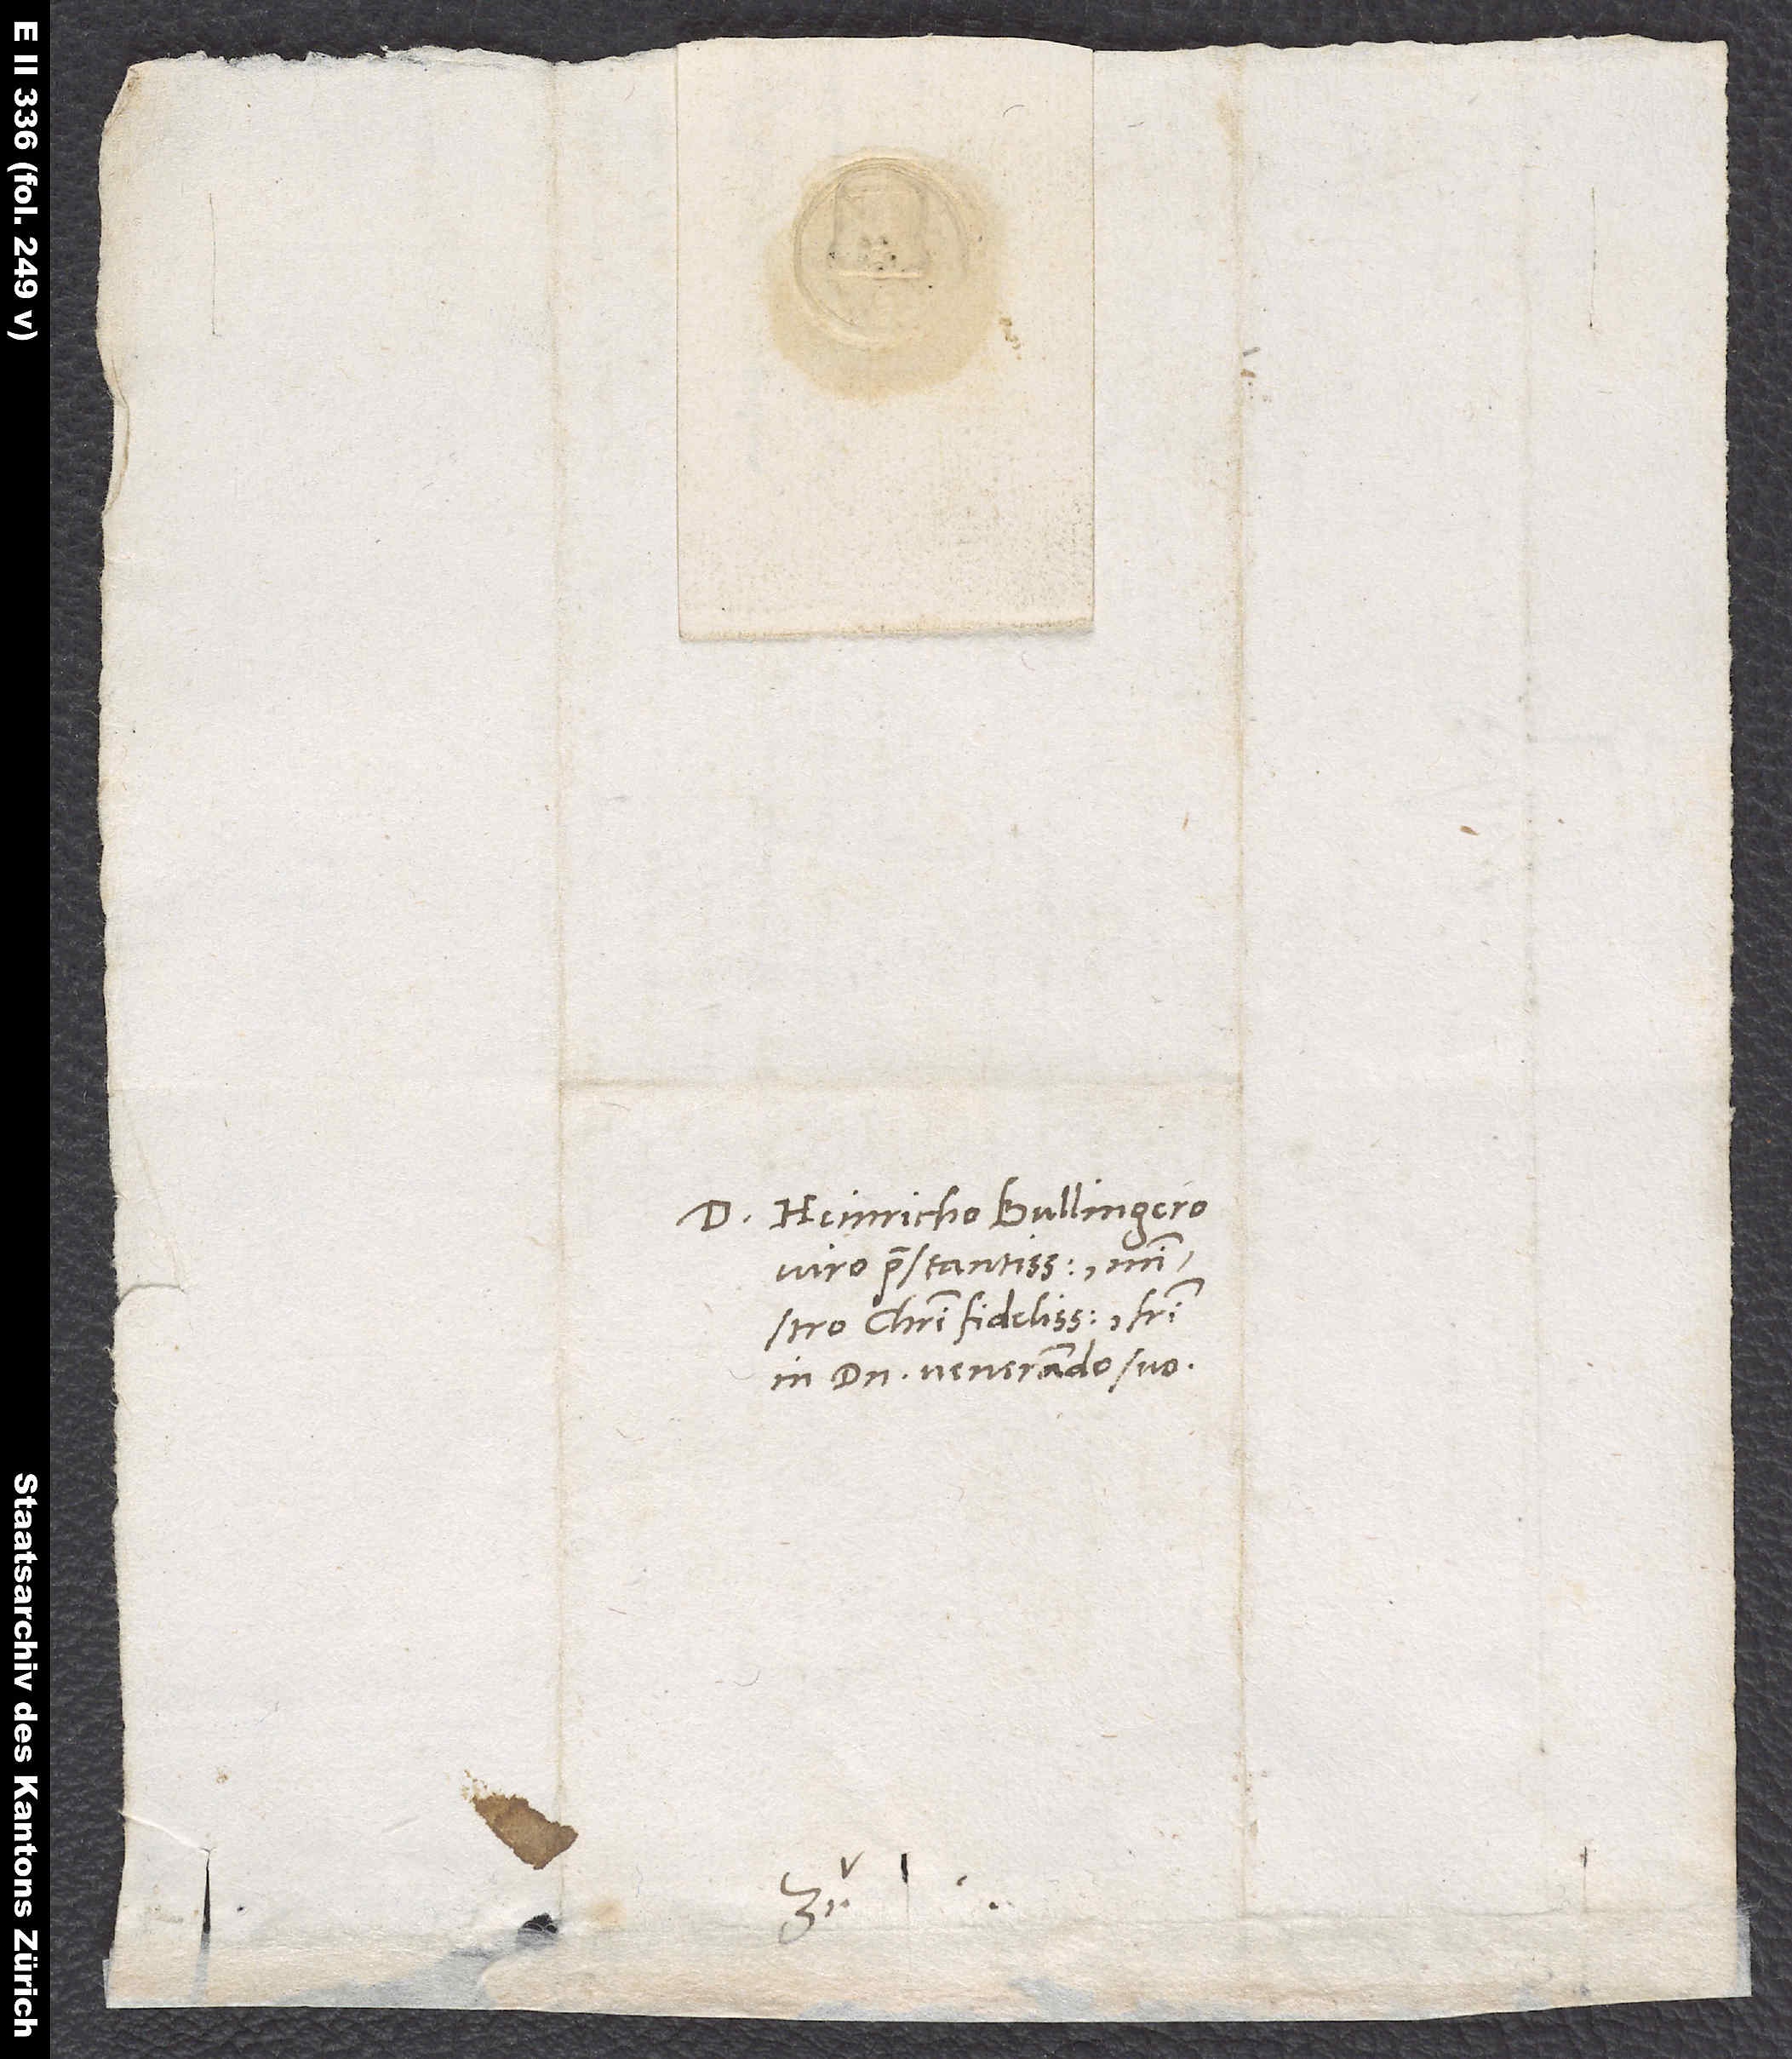
D. Heinricho Bullingero,
viro praestantissimo,
Christi fidelissimo, fratri
in domino venerando suo.
Zu.